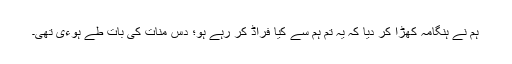
ہم نے ہنگامہ کھڑا کر دیا کہ یہ تم ہم سے کیا فراڈ کر رہے ہو؛ دس منات کی بات طے ہوءی تھی۔